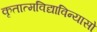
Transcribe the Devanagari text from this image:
कृतात्मविद्याविन्यासो